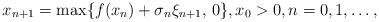
LaTeX: \begin{align*}x_{n+1}=\max\{f(x_n)+\sigma_n\xi_{n+1}, \, 0\}, x_0>0, n=0, 1, \dots,\end{align*}